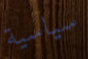
سياسية